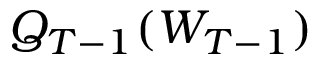
Q _ { T - 1 } ( W _ { T - 1 } )